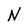
Character: N